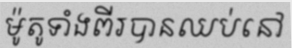
ម៉ូតូទាំងពីរបានឈប់នៅ